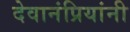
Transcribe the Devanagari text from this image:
देवानंप्रियांनी